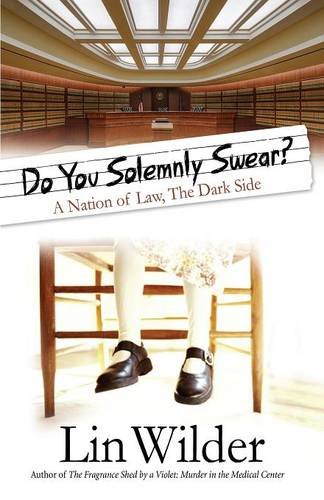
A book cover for Do You Solemnly Swear? A Nation of Law, The Dark Side; Lin Wilder; Mystery, Thriller & Suspense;